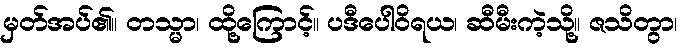
မှတ်အပ်၏။ တသ္မာ၊ ထို့ကြောင့်။ ပဒီပေါဝိရယ၊ ဆီမီးကဲ့သို့။ ဇသိတွာ၊